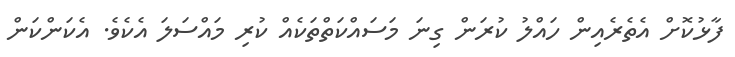
ފާޅުކޮށް އެތެރެއިން ހައްލު ކުރަން ގިނަ މަސައްކަތްތަކެއް ކުރި މައްސަލަ އެކެވެ. އެކަންކަން